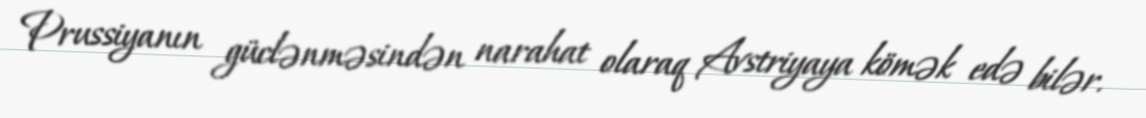
Prussiyanın güclənməsindən narahat olaraq Avstriyaya kömək edə bilər.